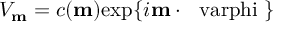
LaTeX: V _ { \bf m } = c ( { \bf m } ) \mathrm { e x p } \{ i { \bf m } \cdot \mathrm { \boldmath ~ \ v a r p h i ~ } \}